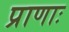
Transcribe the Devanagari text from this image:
प्राणाः